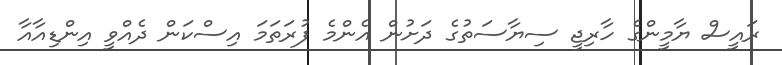
ރައީސް ޔާމީންގެ ހާރިޖީ ސިޔާސަތުގެ ދަށުން އެންމެ ފުރަތަމަ އިސްކަން ދެއްވީ އިންޑިއާއާ